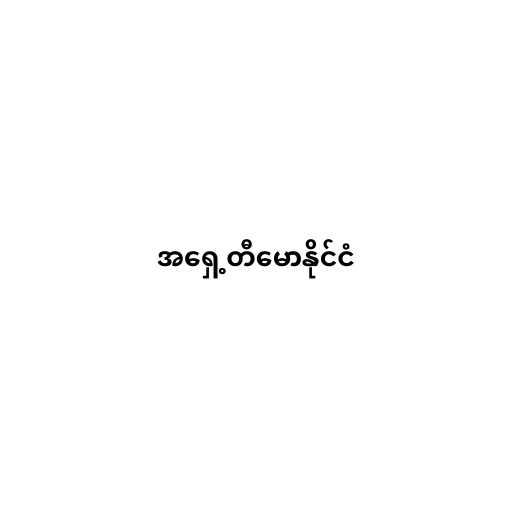
အရှေ့တီမောနိုင်ငံ